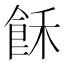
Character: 𲋕